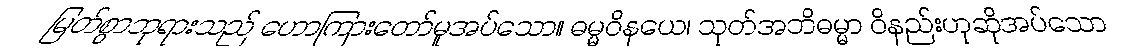
မြတ်စွာဘုရားသည် ဟောကြားတော်မူအပ်သော။ ဓမ္မဝိနယေ၊ သုတ်အဘိဓမ္မာ ဝိနည်းဟုဆိုအပ်သော